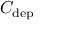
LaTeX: C _ { \mathrm { d e p } }